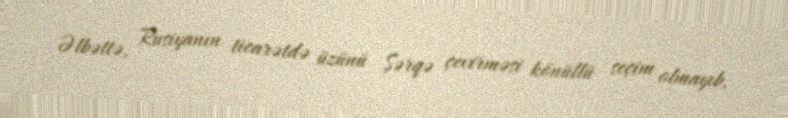
Əlbəttə, Rusiyanın ticarətdə üzünü Şərqə çevirməsi könüllü seçim olmayıb,